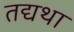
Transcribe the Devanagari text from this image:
तद्यथा